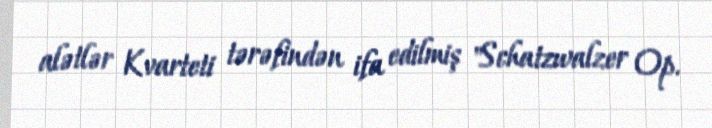
alətlər Kvarteti tərəfindən ifa edilmiş "Schatzwalzer Op.